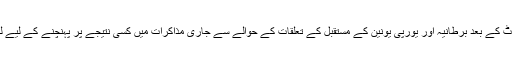
اتوار کے روز ’بی بی سی‘ سے گفتگو کرتے ہوئے انہوں نے کہا ہے کہ بریگزٹ کے بعد برطانیہ اور یورپی یونین کے مستقبل کے تعلقات کے حوالے سے جاری مذاکرات میں کسی نتیجے پر پہنچنے کے لیے لندن حکومت عبوری مدت یا ٹرانزیشن پیریڈ میں چند ماہ کی توسیع کرسکتی ہے۔